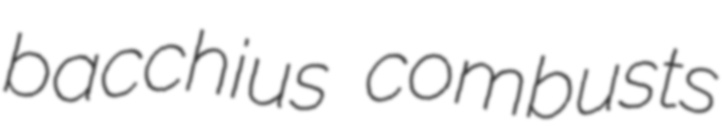
bacchius combusts